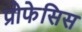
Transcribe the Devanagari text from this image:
प्रोफेसिस